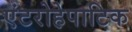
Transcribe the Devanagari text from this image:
एंटरोहेपाटिक